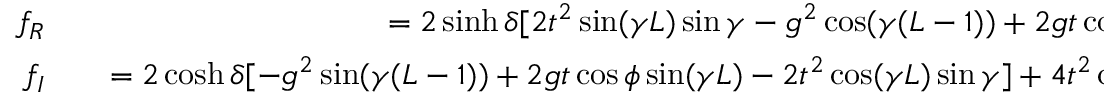
\begin{array} { r l r } { f _ { R } } & { { } } & { = 2 \sinh { \delta } [ 2 t ^ { 2 } \sin ( \gamma L ) \sin \gamma - g ^ { 2 } \cos ( \gamma ( L - 1 ) ) + 2 g t \cos \phi \cos ( \gamma L ) ] + O ( \frac { 1 } { L } ) , } \\ { f _ { I } } & { { } } & { = 2 \cosh { \delta } [ - g ^ { 2 } \sin ( \gamma ( L - 1 ) ) + 2 g t \cos \phi \sin ( \gamma L ) - 2 t ^ { 2 } \cos ( \gamma L ) \sin \gamma ] + 4 t ^ { 2 } \cos ( \theta L ) \sin \gamma + O ( \frac { 1 } { L } ) . } \end{array}